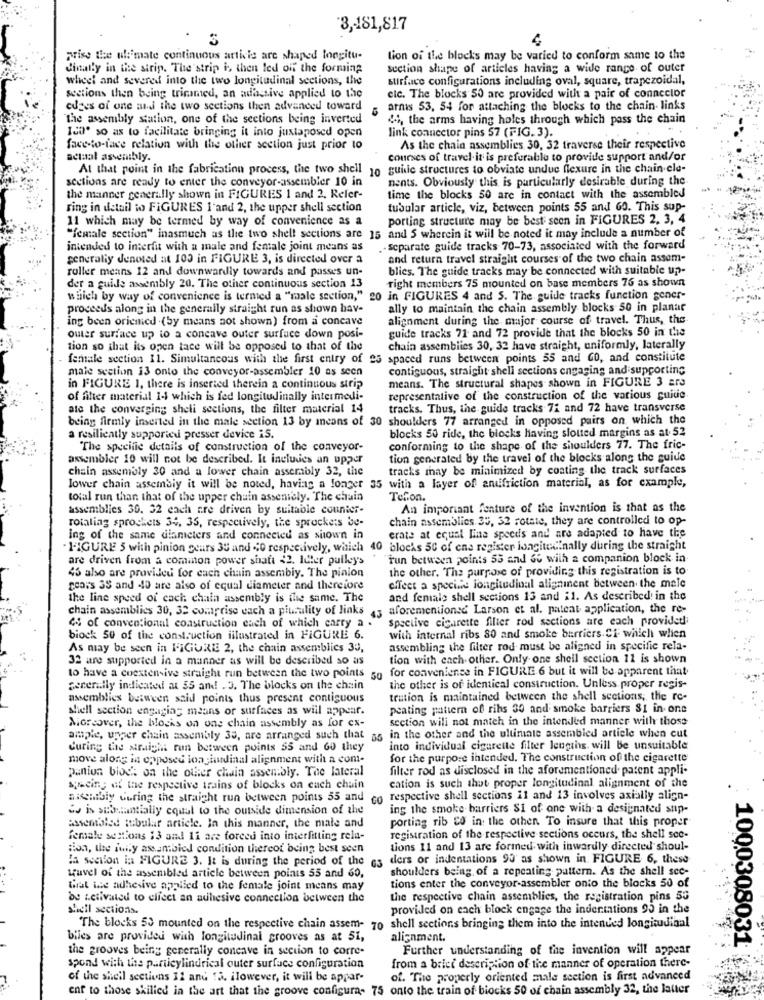
3 ,- 181,817
prise the ultimate continuous artiis are shaped longitu-
tion of the blocks may be varied to conform same to the
dinally in the strip. The strip i, then led off the forming
section shape of articles having a wide range of outer
wheel and severed into the two longitudinal sections, the
surface configurations including oval, square, trapezoidal,
sections then being trimmed, an adhesive applied to the
cic. The blocks 50 are provided with a pair of conncclor
cuges of one mi the two sections then advanced toward
arnis 53, 54 for attaching the blocks to the chain- links
The assembly station, one of the sections being inverted
44, the arms having holes through which pass the chain
Icaº so as to facilitate bringing it into juxtaposed open
link connector pins 57 (FIG. 3).
face-to-face relation with the other section just prior to
As the chain assemblies 30, 32 traverse their respective
actual assembly.
courses of travel. it is preferable to provide support and/or
At that point in the fabrication process, the two shell 10 guisie structures to obviate undue flexure in the chain ele-
sections are ready to enter the conveyor-assembler 10 in
nents. Obviously this is particularly desirable during the
the manner generally shown in FIGURES 1 and 2. Refer-
time the blocks 50 are in contact with the assembled
ring in detail wo FIGURES 1'and 2, the upper shell section
tubular article, viz, between points 55 and 60. This sup-
11 which may be termed by way of convenience as a
porting structure may be besti seen in FIGURES 2, 3, 4
"female section" inasmuch as the two shell sections are 15 and 5 wherein it will be noted it may include a number of
intended to interfit with a male and female joint means as
.. separate guide tracks 70-73, associated with the forward
generaliy denoted at 100 in FIGURE 3, is directed over a
and return travel straight courses of the two chain assem-
roller means 12 and downwardly towards and passes un-
blics. The guide tracks may be connected with suitable up-
Tight members 75 mounted on base members 76 as shown
det a guide assembly 20. The other continuous section 13
which by way of convenience is termed a "male section," 20 in FIGURES 4 and 5. The guide tracks function gener-
proceeds along in the generally straight run as shown hav-
ally to maintain the chain assembly blocks 50 in planat
ing been oriemed .(by means not shown) from a concave
alignment during the major course of travel. Thus, the
guide tracks 71 and 72 provide that the blocks 50 in the
outer surface up to a concave outer surface down posi-
tion so that its open tace will be opposed to that of the
chain assemblies 30, 32 have straight, uniformly, laterally
female section 11. Simultaneous with the first entry of 25 spaced runs between points 55 and GO, and constitute
maie section 13 onto the conveyor-assembler 10 as seen
contiguous, straight shell sections engaging and supporting
in FIGURE 1, there is inserted therein a continuous strip
means. The structural shapes shown in FIGURE 3 ars
of filter material 1-1 which is fed longitudinally intermedi-
representative of the construction of the various guide
ate the converging sheli sections, the filter material 14
tracks. Thus, the guide tracks 72 and 72 have transverse
being firmly inserted in the male section 13 by means of 30 shoulders 77 arranged in opposed pairs on which the
blocks 50 ride, the blocks having slotted margins as at. 52
a resiliently supported presser device iS.
The specific details of construction of the conveyor-
conforming to the shape of the shoulders 77. The fric-
assembler 10 will not be described. It includes an upper
tion generated by the travel of the blocks along the guide
chain assembly 30 and a lower chain assembly 32, the
tracks may be minimized by coating the track surfaces
lower chain assembly it will be noted, haviag a longer 35 with a layer of antifriction material, as for example,
total run than that of the upper chain assentely. The chain
Teflon.
assemblies 30. 32 each are driven by suitable counter-
An important feature of the invention is that as the
chain assemblies 35, 32 rotate, they are controlled to op-
rotaling sprockets 34, 35, respectively, the sprockets be-
crate at equal line speeds and are adapted to have the
ing of the same diameters and connected as shown in
FIGURE 5 with pinion gears 35 and <0 respectively, which 40 blocks 50 of ens register longitudinally during the straight
are driven from a common power shaft 42. Idter pulleys
"Tun between points 55 and de with a companion block in
the other. The purpose of providing this registration is to
45 also are provided for each chain assembly. The pinion
affect a specine longitudinal aligninent between the male
gears 3S and 40 are also of equal diameter and therefore
the line speed of cach chain assembly is the same. The
and female shell sections 13 and il. As described in the
chain assemblies 30, 32 comprise each a plurality of links , aforementioned Larson et al. patent application, the re-
spective cigarette filier rod sections are each provided
44 of conventional construction each of which carry a .
biock 50 of the construction illustrated in FIGURE 6.
with internal ribs 80 and smoke barriers Ci which when
As may be seen in FIGURE 2, the chain assemblies 30,
assembling the filter rod must be aligned in specific rela-
32 are supported in a manner as will be described so as
tion with each other. Only one shell section 11 is shown
to have a coextensive straight run between the two points 5g for convenience in FIGURE 6 but it will be apparent that
generally indicated at 55 and! . 3. The blocks on the chain
the other is of identical construction. Unless proper regis-
assemblies between said points thus present contiguous
trution is maintained between the shell sections, the re-
shell section engaging means or surfaces as will appear.
peating pattern of rihs 30 and smoke barriers $1 in- one
section will not match in the intended manner with those
Moreover, the blocks on one chain assembly as for ex-
ample, upper chain assembly 35, are arranged such that as in the other and the ultimate assembled article when cut
Curing the straight run between points 55 and 60 they
into individual cigarette filter lengths. will be unsuitable
move along in opposed longiundlinal alignment with a com-
for the purpose intended. The construction of the cigarette
panion bloc' on the other chain assembly. The lateral
filter rod as disclosed in the aforementioned. patent appli-
cation is such that proper longitudinal alignment of the
syncing of the respective trains of blocks on euch chain
aischibiy during the straight run between points 55 and
co respective shell sections 11 and 13 involves axially align-
is is substantially equal to the outside dimension of the
ing the smoke barriers SI of one with a designated sup-
porting rib Co in the other. To insure that this proper
assembled tubular article. In this manner, the male and
female sentions 13 and 1i are forced into interfitting rela-
registration of the respective sections occurs, the shell see-
sion, the inity assantbied condition thereof being best seen
Lions 11 and 13 are formed with inwardly directed shoul-
la section in FIGURE 3. It is during the period of the os
ders or indentations 90' as shown in FIGURE 6, these
shoulders being of a repeating pattern. As the shell see-
tuvel of the assembled article between points 55 and 60,
tions enter the conveyor-assembler onto the blocks 50 of
Gat the adhesive applied to the female joint means may
be Letivaled to clicet an adhesive connection between the
the respective chain assemblies, the registration pins 53
shell sections.
provided on each block engage the indentations 95 in the
The blocks 50 mounted on the respective chain assem- 70 shell sections bringing them into the intended longitudinal
biles are provided with longitudinal grooves as at 51,
alignment.
1000308031
the grooves being generally concave in section to corre-
Further understanding of the invention will appear
spond with the particylindrical outer surface configuration
from a brice description of the manner of operation there-
of the shell sections 12 and få. ilowever, it will be appar-
of. The properly oriented male section is first advanced
enf to those skilled in the art that the groove configura- 75 onto the train of biocks 50 of chain assembly 32, the latter